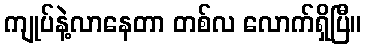
ကျုပ်နဲ့လာနေတာ တစ်လ လောက်ရှိပြီ။